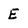
Character: E